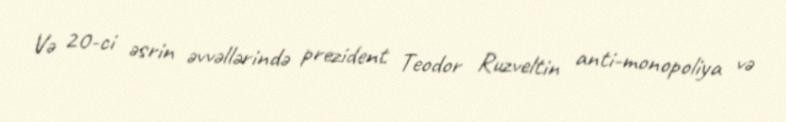
Və 20-ci əsrin əvvəllərində prezident Teodor Ruzveltin anti-monopoliya və